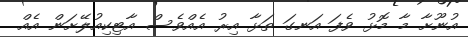
އުނޫށާ މާ މޮޅު ވެފަ އަނގަ ތަޅާ އިރު އެއްވެސް އާޓިކިއުލޭށަން އެއް